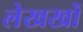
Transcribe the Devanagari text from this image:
लेखखों